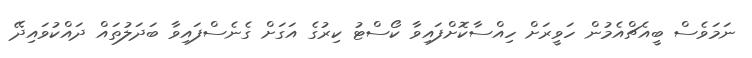
ނަމަވެސް ބީއެޗްއެމުން ހަވީރަށް ހިއްސާކޮށްފައިވާ ކޯސްޓު ކިރުގެ އަގަށް ގެނެސްފައިވާ ބަދަލުތައް ދައްކުވައިދޭ